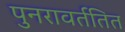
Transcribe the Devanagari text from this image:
पुनरावर्ततित